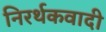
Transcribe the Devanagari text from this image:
निरर्थकवादी